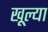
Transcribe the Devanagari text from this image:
खूल्या